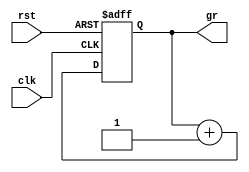
`timescale 1ns / 1ps
//////////////////////////////////////////////////////////////////////////////////
// Company: 
// Engineer: 
// 
// Design Name: 
// Module Name: grcntr
// Project Name: 
// Target Devices: 
// Tool Versions: 
// Description: 
// 
// Dependencies: 
// 
// Revision:
// Revision 0.01 - File Created
// Additional Comments:
// 
//////////////////////////////////////////////////////////////////////////////////


module grcntr(
input wire clk,
input wire rst,
output wire [3:0]gr
    );
    reg [3:0] counter;
    always@(posedge clk or posedge rst)begin
    if(rst)
     counter <= 4'b0000;
     else
     counter <= counter+1;
     end
     assign gr[0]=counter[0];
     assign gr[1]=counter[1];
     assign gr[2]=counter[2];
     assign gr[3]=counter[3];
endmodule